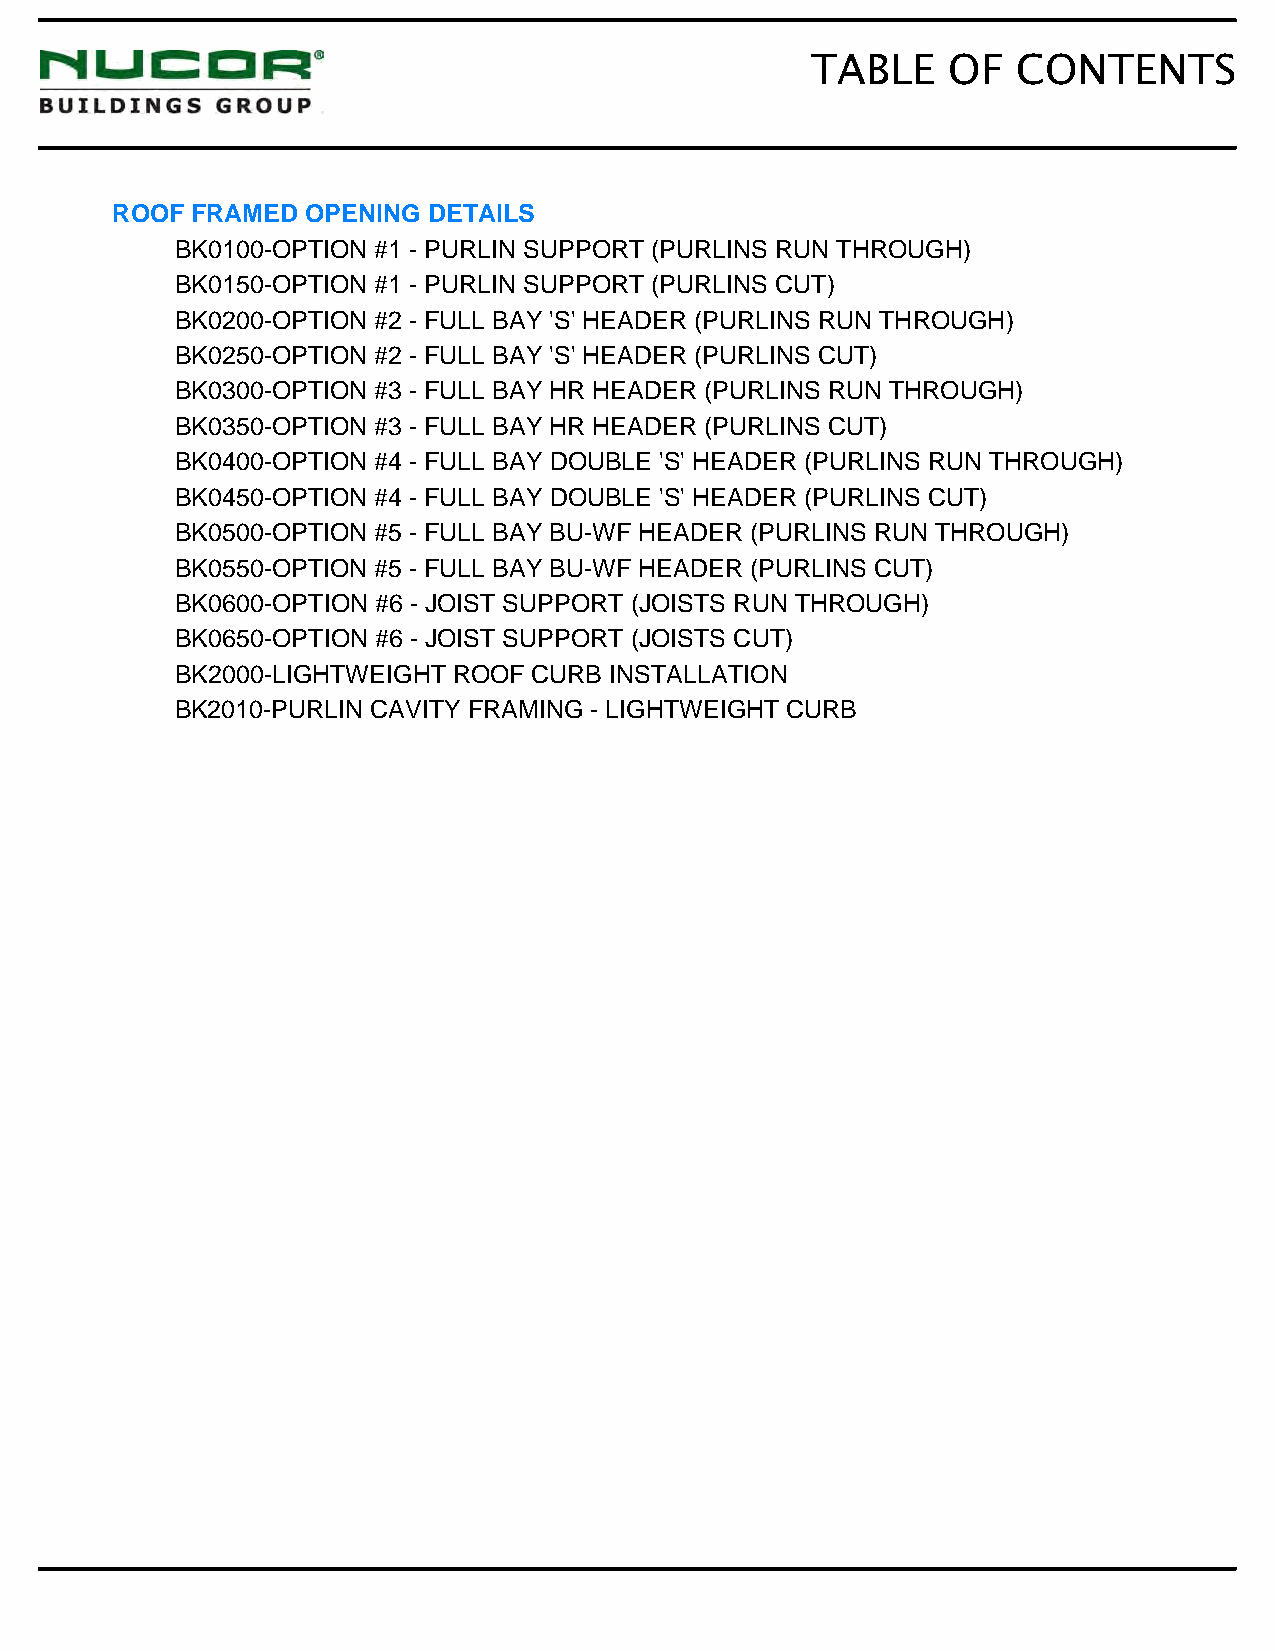
TABLE    OF  CONTENTS
 ROOF  FRAMED OPENING DETAILS
 BK0100-OPTION #1 - PURLIN SUPPORT (PURLINS RUN THROUGH)
 BK0150-OPTION #1 - PURLIN SUPPORT (PURLINS CUT)
 BK0200-OPTION #2 - FULL BAY 'S' HEADER (PURLINS RUN THROUGH)
 BK0250-OPTION #2 - FULL BAY 'S' HEADER (PURLINS CUT)
 BK0300-OPTION #3 - FULL BAY HR HEADER (PURLINS RUN THROUGH)
 BK0350-OPTION #3 - FULL BAY HR HEADER (PURLINS CUT)
 BK0400-OPTION #4 - FULL BAY DOUBLE 'S' HEADER (PURLINS RUN THROUGH)
 BK0450-OPTION #4 - FULL BAY DOUBLE 'S' HEADER (PURLINS CUT)
 BK0500-OPTION #5 - FULL BAY BU-WF HEADER (PURLINS RUN THROUGH)
 BK0550-OPTION #5 - FULL BAY BU-WF HEADER (PURLINS CUT)
 BK0600-OPTION #6 - JOIST SUPPORT (JOISTS RUN THROUGH)
 BK0650-OPTION #6 - JOIST SUPPORT (JOISTS CUT)
 BK2000-LIGHTWEIGHT ROOF CURB INSTALLATION
 BK2010-PURLIN CAVITY FRAMING - LIGHTWEIGHT CURB